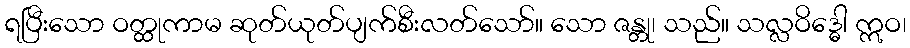
ရပြီးသော ဝတ္ထုကာမ ဆုတ်ယုတ်ပျက်စီးလတ်သော်။ သော ဇန္တု၊ သည်။ သလ္လဝိဒ္ဓေါ ဣဝ၊